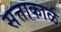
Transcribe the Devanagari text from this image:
सत्ताकाळ